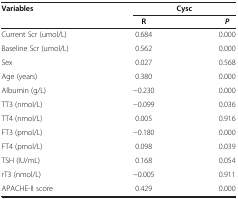
<table><thead><tr><td rowspan="2"><b>Variables</b></td><td colspan="2"><b>Cysc</b></td></tr><tr><td><b>R</b></td><td><b><i>P</i></b></td></tr></thead><tbody><tr><td>Current Scr (umol/L)</td><td>0.684</td><td>0.000</td></tr><tr><td>Baseline Scr (umol/L)</td><td>0.562</td><td>0.000</td></tr><tr><td>Sex</td><td>0.027</td><td>0.568</td></tr><tr><td>Age (years)</td><td>0.380</td><td>0.000</td></tr><tr><td>Albumin (g/L)</td><td>-0.230</td><td>0.000</td></tr><tr><td>TT3 (nmol/L)</td><td>-0.099</td><td>0.036</td></tr><tr><td>TT4 (nmol/L)</td><td>0.005</td><td>0.916</td></tr><tr><td>FT3 (pmol/L)</td><td>-0.180</td><td>0.000</td></tr><tr><td>FT4 (pmol/L)</td><td>0.098</td><td>0.039</td></tr><tr><td>TSH (IU/mL)</td><td>0.168</td><td>0.054</td></tr><tr><td>rT3 (nmol/L)</td><td>-0.005</td><td>0.911</td></tr><tr><td>APACHE-II score</td><td>0.429</td><td>0.000</td></tr></tbody></table>